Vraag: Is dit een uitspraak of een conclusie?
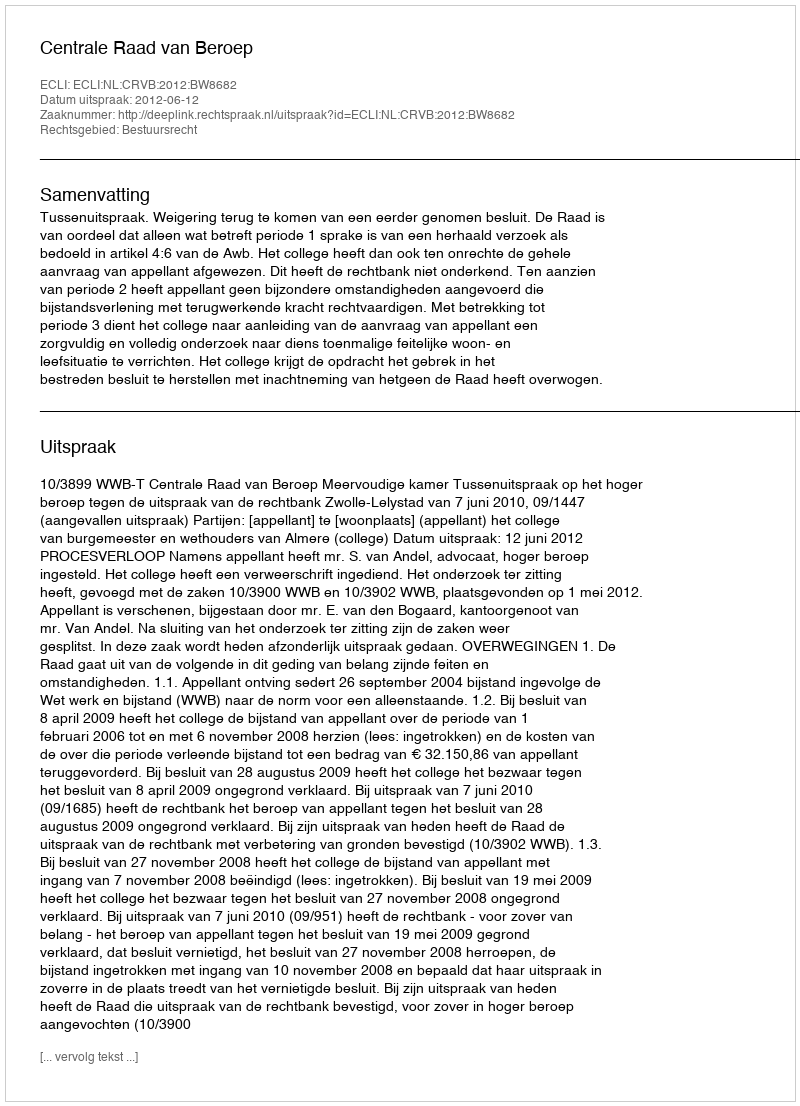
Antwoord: Uitspraak